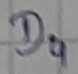
Text: D4